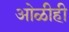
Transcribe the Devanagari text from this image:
ओळीही